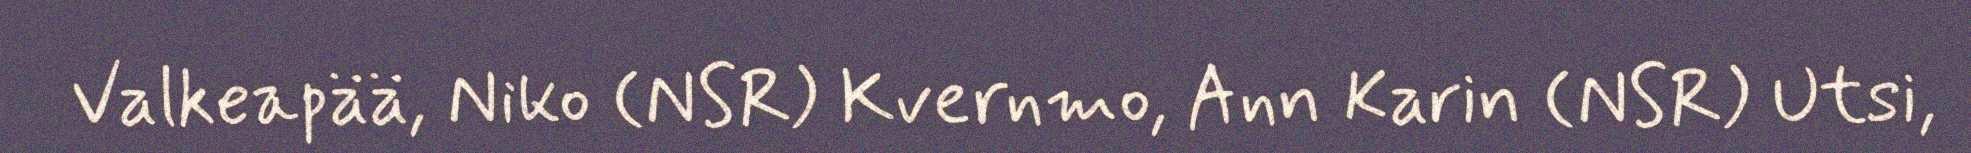
Valkeapää, Niko (NSR) Kvernmo, Ann Karin (NSR) Utsi,